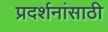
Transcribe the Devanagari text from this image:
प्रदर्शनांसाठी